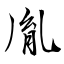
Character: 胤